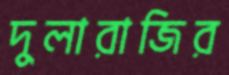
দুলারাজির